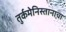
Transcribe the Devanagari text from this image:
तुर्कमेनिस्तानाचा